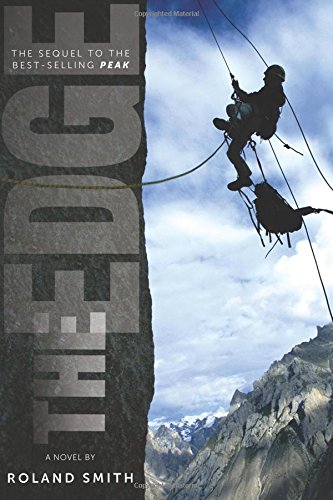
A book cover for The Edge; Roland Smith; Teen & Young Adult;